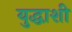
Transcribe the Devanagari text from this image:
युद्धाशी